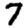
Digit: 7